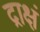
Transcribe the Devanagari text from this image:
द्राक्षं